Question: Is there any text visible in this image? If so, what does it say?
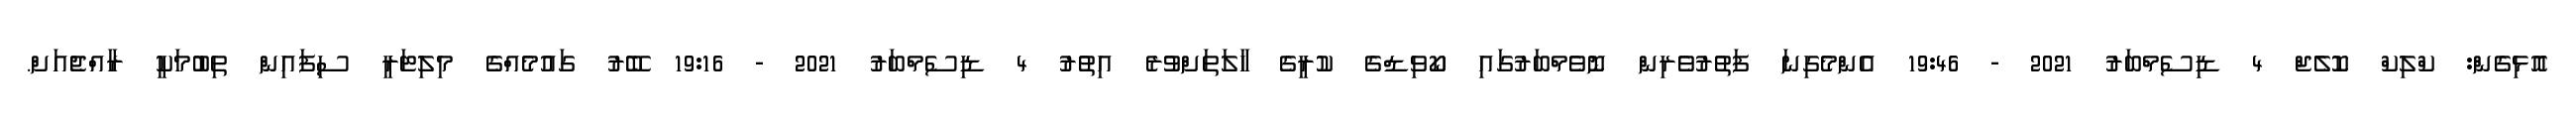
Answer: އޮޅިގެން: ކްލިކް ކޮލެޖް 4 ޑިސެމްބަރު 2021 - 19:46 އެންމެގިނަ ފަތުރުވެރިން ނޮވެމްބަރުގައި ކޯވިޑްގެ ކުރީގެ ހާލަތަށްވުރެ އިތުރު 4 ޑިސެމްބަރު 2021 - 19:16 ބޭރު ގައުމެއްގެ މިލިޓަރީ ސިފައިން ތިބުމަކީ ރާއްޖެއަށް.